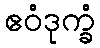
ဧဝံဒုက္ခံ